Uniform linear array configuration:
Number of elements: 64
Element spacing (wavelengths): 0.75
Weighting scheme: kaiser
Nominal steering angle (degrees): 60
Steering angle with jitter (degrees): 61.382
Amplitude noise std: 0.05
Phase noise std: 0.05

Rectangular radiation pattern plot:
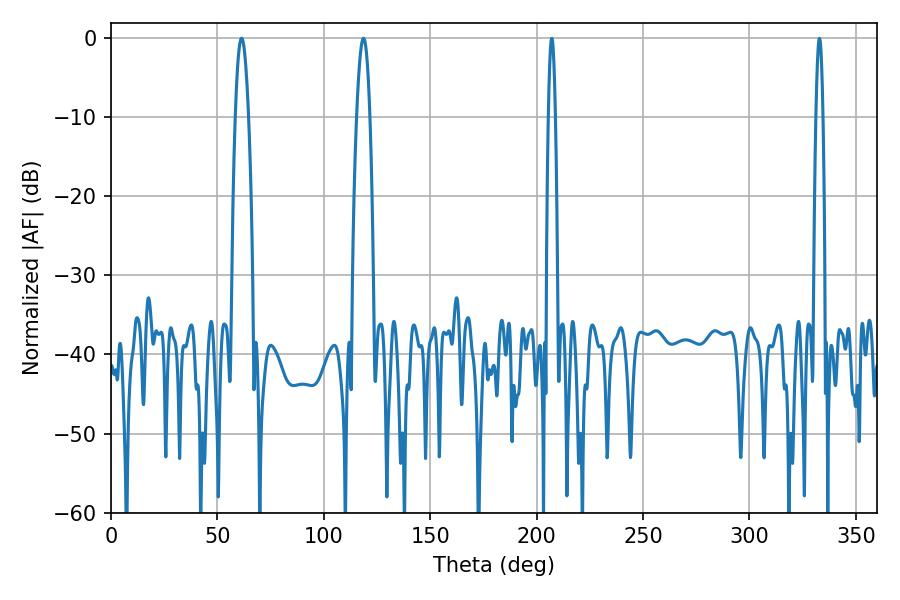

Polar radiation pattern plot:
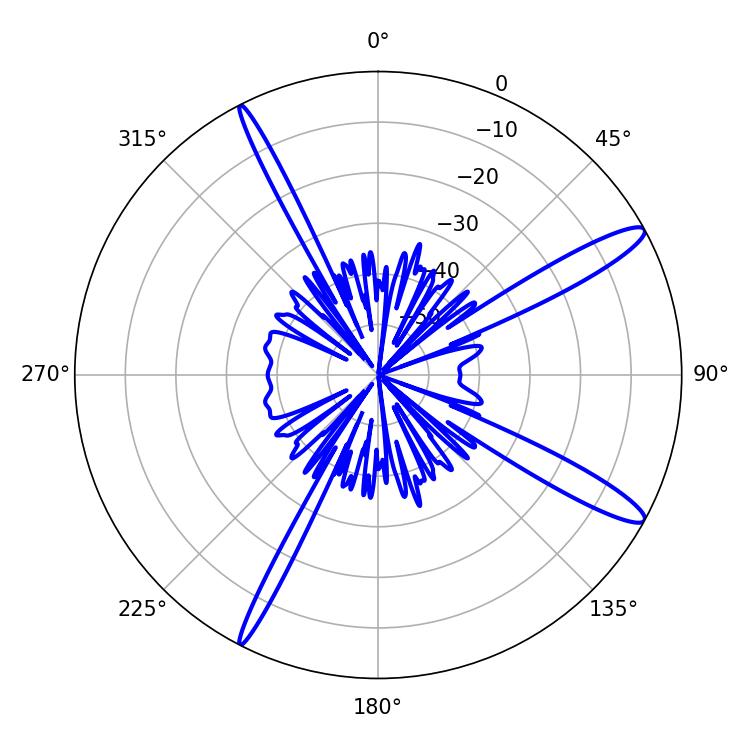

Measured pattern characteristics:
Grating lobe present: TRUE
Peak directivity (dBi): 13.854
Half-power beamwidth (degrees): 3.24
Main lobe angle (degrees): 61.38